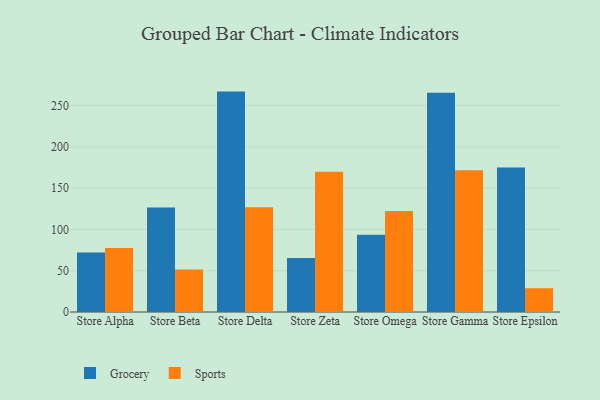
{"axis": {"x": "Store", "y": "Production Output"}, "legend": ["Grocery", "Sports"], "data": [{"x": "Store Alpha", "y": 72.1, "type": "Grocery"}, {"x": "Store Alpha", "y": 77.4, "type": "Sports"}, {"x": "Store Beta", "y": 126.4, "type": "Grocery"}, {"x": "Store Beta", "y": 51.5, "type": "Sports"}, {"x": "Store Delta", "y": 266.9, "type": "Grocery"}, {"x": "Store Delta", "y": 127.0, "type": "Sports"}, {"x": "Store Zeta", "y": 65.5, "type": "Grocery"}, {"x": "Store Zeta", "y": 169.7, "type": "Sports"}, {"x": "Store Omega", "y": 93.5, "type": "Grocery"}, {"x": "Store Omega", "y": 122.2, "type": "Sports"}, {"x": "Store Gamma", "y": 265.4, "type": "Grocery"}, {"x": "Store Gamma", "y": 171.7, "type": "Sports"}, {"x": "Store Epsilon", "y": 175.0, "type": "Grocery"}, {"x": "Store Epsilon", "y": 28.8, "type": "Sports"}]}